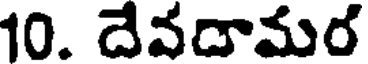
10. దేవడామర